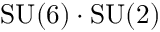
\mathrm { S U } ( 6 ) \cdot \mathrm { S U } ( 2 )